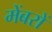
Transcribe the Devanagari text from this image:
मेंबरों